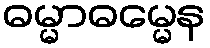
ဓမ္မာဓမ္မေန